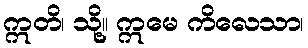
ဣတိ၊ သို့။ ဣမေ ကိလေသာ၊